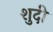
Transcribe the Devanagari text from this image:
शुदी